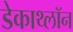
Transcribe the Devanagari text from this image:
डेकाथ्लॉन